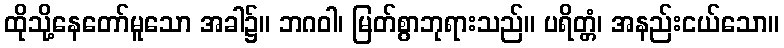
ထိုသို့နေတော်မူသော အခါ၌။ ဘဂဝါ၊ မြတ်စွာဘုရားသည်။ ပရိတ္တံ၊ အနည်းငယ်သော။